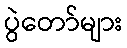
ပွဲတော်များ